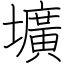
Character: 壙